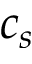
c _ { s }